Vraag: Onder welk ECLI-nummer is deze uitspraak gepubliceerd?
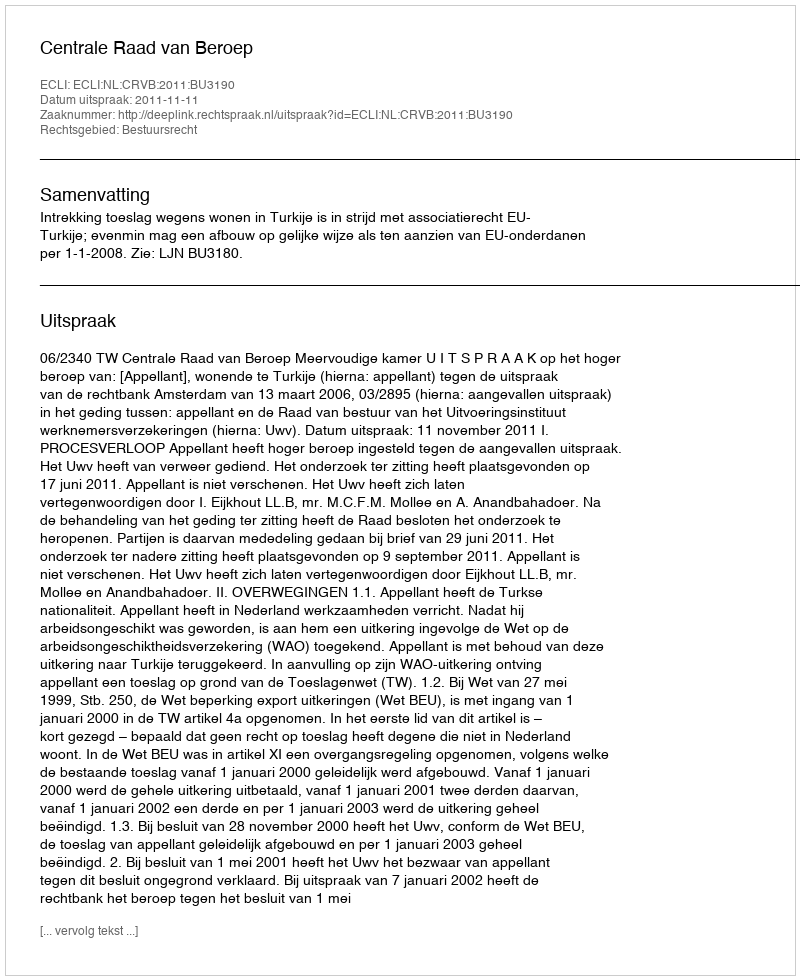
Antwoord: ECLI:NL:CRVB:2011:BU3190